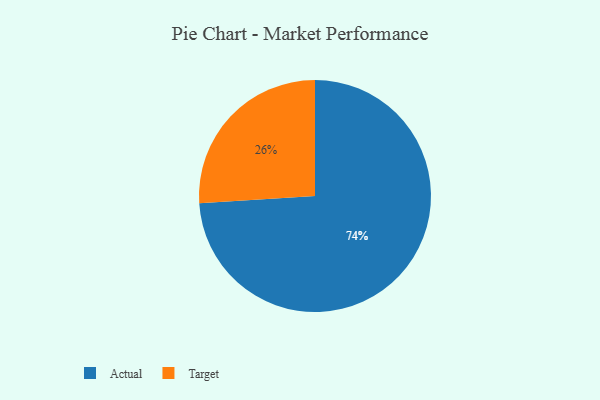
{"axis": {"x": "Category", "y": "Percentage"}, "legend": ["Actual", "Target"], "data": [{"x": "Target", "y": 26, "type": "Target"}, {"x": "Actual", "y": 74, "type": "Actual"}]}